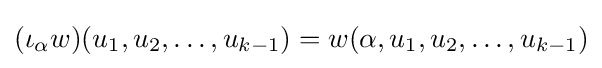
(\iota _{\alpha }w)(u_{1},u_{2},\ldots ,u_{k-1})=w(\alpha ,u_{1},u_{2},\ldots ,u_{k-1})